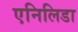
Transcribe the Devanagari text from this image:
एनिलिडा